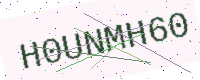
Text: H0UNMH60